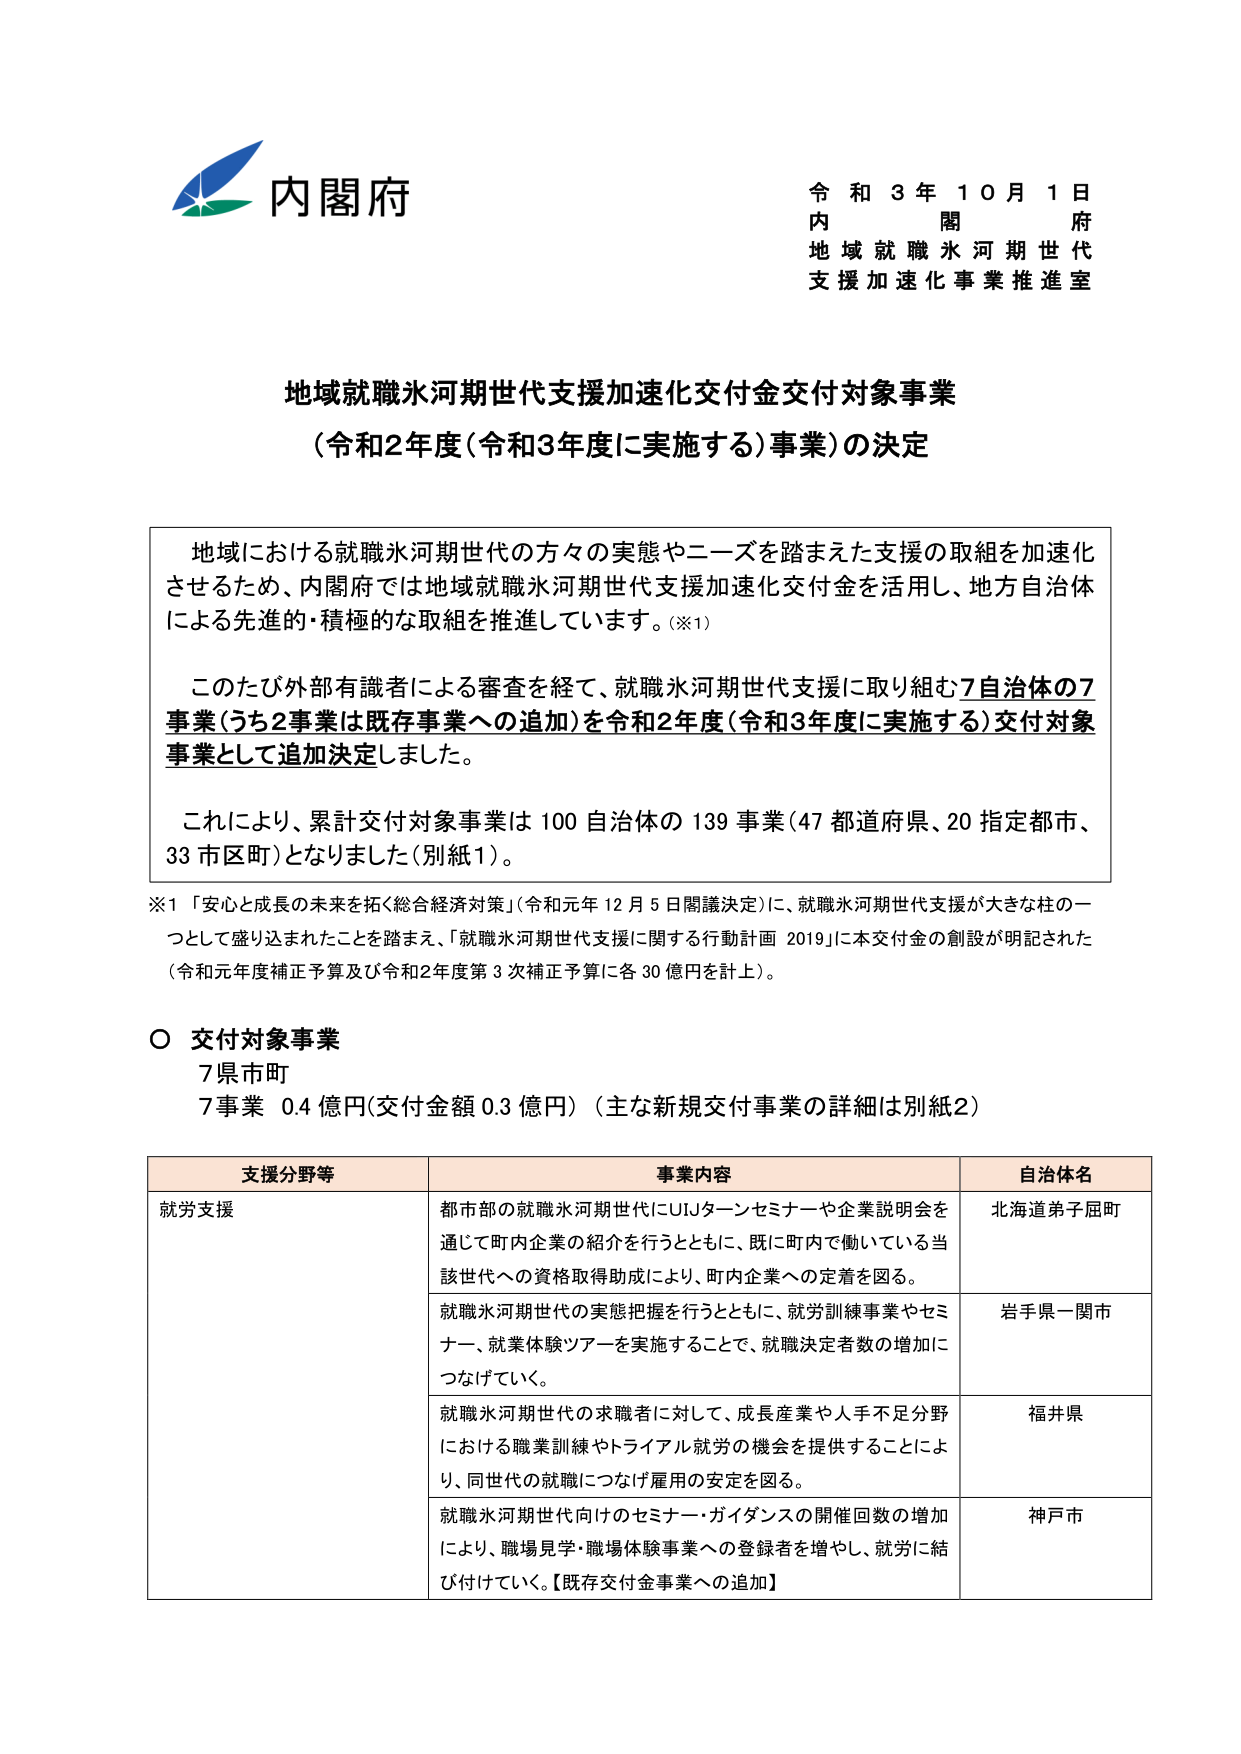
内閣府
令和3年10月1日
内閣府
地域就職氷河期世代
支援加速化事業推進室

地域就職氷河期世代支援加速化交付金交付対象事業
（令和2年度（令和3年度に実施する）事業）の決定

地域における就職氷河期世代の方々の実態やニーズを踏まえた支援の取組を加速化
させるため、内閣府では地域就職氷河期世代支援加速化交付金を活用し、地方自治体
による先進的・積極的な取組を推進しています。（※1）

このたび外部有識者による審査を経て、就職氷河期世代支援に取り組む7自治体の7
事業（うち2事業は既存事業への追加）を令和2年度（令和3年度に実施する）交付対象
事業として追加決定しました。

これにより、累計交付対象事業は100自治体の139事業（47都道府県、20指定都市、
33市区町）となりました（別紙1）。

※1 「安心と成長の未来を拓く総合経済対策」（令和元年12月5日閣議決定）に、就職氷河期世代支援が大きな柱の一つとして盛り込まれたことを踏まえ、「就職氷河期世代支援に関する行動計画2019」に本交付金の創設が明記された
（令和元年度補正予算及び令和2年度第3次補正予算に各30億円を計上）。

○ 交付対象事業
7県市町
7事業 0.4億円（交付金額0.3億円）（主な新規交付事業の詳細は別紙2）

支援分野等　　事業内容　　自治体名
就労支援　　都市部の就職氷河期世代にU・Iターンセミナーや企業説明会を
　　　　　　通じて町内企業の紹介を行うとともに、既に町内で働いている当
　　　　　　該世代への資格取得助成により、町内企業への定着を図る。　　北海道弟子屈町
　　　　　　就職氷河期世代の実態把握を行うとともに、就労訓練事業やセミ
　　　　　　ナー、就業体験ツアーを実施することで、就労決定者数の増加に
　　　　　　つなげていく。　　岩手県一関市
　　　　　　就職氷河期世代の求職者に対して、成長産業や人手不足分野
　　　　　　における職業訓練やトライアル就労の機会を提供することによ
　　　　　　り、同世代の就職につなげ雇用の安定を図る。　　福井県
　　　　　　就職氷河期世代向けのセミナー・ガイダンスの開催回数の増加
　　　　　　により、職場見学・職場体験事業への登録者を増やし、就労に結
　　　　　　び付けていく。【既存交付金事業への追加】　　神戸市